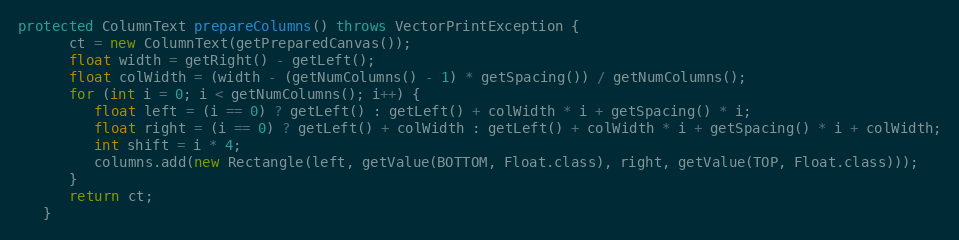
Language: Java
protected ColumnText prepareColumns() throws VectorPrintException {
      ct = new ColumnText(getPreparedCanvas());
      float width = getRight() - getLeft();
      float colWidth = (width - (getNumColumns() - 1) * getSpacing()) / getNumColumns();
      for (int i = 0; i < getNumColumns(); i++) {
         float left = (i == 0) ? getLeft() : getLeft() + colWidth * i + getSpacing() * i;
         float right = (i == 0) ? getLeft() + colWidth : getLeft() + colWidth * i + getSpacing() * i + colWidth;
         int shift = i * 4;
         columns.add(new Rectangle(left, getValue(BOTTOM, Float.class), right, getValue(TOP, Float.class)));
      }
      return ct;
   }